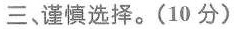
三、谨慎选择。(10分)